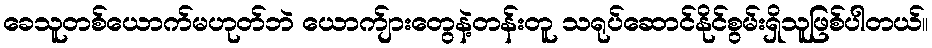
ခေသူတစ်ယောက်မဟုတ်ဘဲ ယောက်ျားတွေနဲ့တန်းတူ သရုပ်ဆောင်နိုင်စွမ်းရှိသူဖြစ်ပါတယ်။